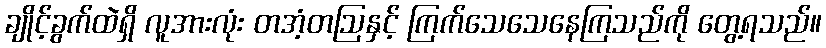
ချိုင့်ခွက်ထဲရှိ လူအားလုံး တအံ့တဩနှင့် ကြက်သေသေနေကြသည်ကို တွေ့ရသည်။